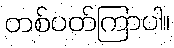
တစ်ပတ်ကြာပါ။